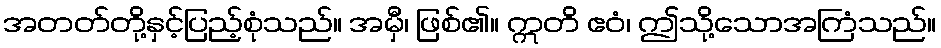
အတတ်တို့နှင့်ပြည့်စုံသည်။ အမှီ၊ ဖြစ်၏။ ဣတိ ဧဝံ၊ ဤသို့သောအကြံသည်။